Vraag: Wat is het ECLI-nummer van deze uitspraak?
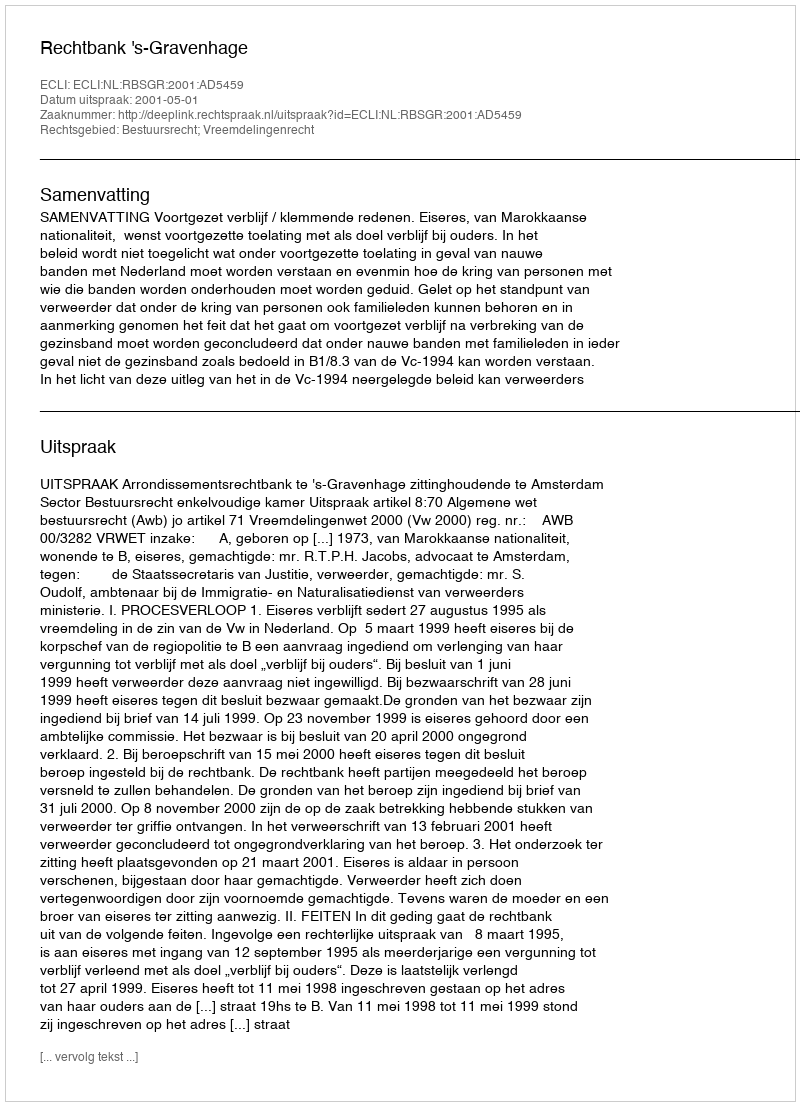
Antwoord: ECLI:NL:RBSGR:2001:AD5459